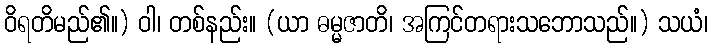
ဝိရတိမည်၏။) ဝါ၊ တစ်နည်း။ (ယာ ဓမ္မဇာတိ၊ အကြင်တရားသဘောသည်။) သယံ၊